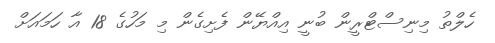
ހެލްތު މިނިސްޓްރީން ބުނީ އިއްޔޭން ފެށިގެން މި މަހުގެ 18 އާ ހަމައަށް